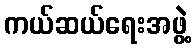
ကယ်ဆယ်ရေးအဖွဲ့